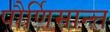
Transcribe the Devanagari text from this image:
पौर्णिमान्त्त